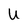
Character: U